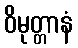
ဝိမုတ္တာနံ